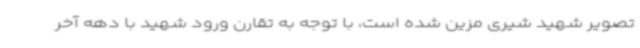
تصویر شهید شیری مزین شده است، با توجه به تقارن ورود شهید با دهه آخر